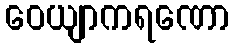
ဝေယျာကရဏော